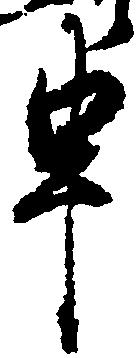
申